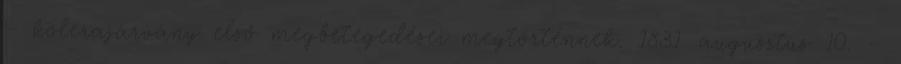
– kolerajárvány első megbetegedései megtörténnek. 1831. augusztus 10. –